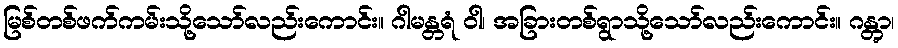
မြစ်တစ်ဖက်ကမ်းသို့သော်လည်းကောင်း။ ဂါမန္တရံ ဝါ၊ အခြားတစ်ရွာသို့သော်လည်းကောင်း။ ဂန္တွာ၊